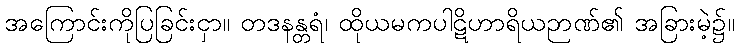
အကြောင်းကိုပြခြင်းငှာ။ တဒနန္တရံ၊ ထိုယမကပါဋိဟာရိယဉာဏ်၏ အခြားမဲ့၌။